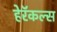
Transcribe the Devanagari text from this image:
हेरॅकल्स